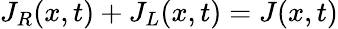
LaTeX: J_{R}(x,t)+J_{L}(x,t)=J(x,t)